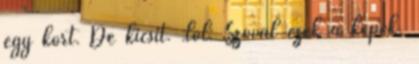
egy kört. De kicsit. :lol: Szóval ezek a képek.